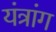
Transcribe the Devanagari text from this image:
यंत्रांग